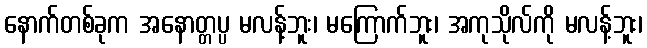
နောက်တစ်ခုက အနောတ္တပ္ပ မလန့်ဘူး၊ မကြောက်ဘူး၊ အကုသိုလ်ကို မလန့်ဘူး၊